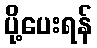
ပို့ပေးရန်